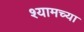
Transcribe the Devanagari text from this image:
श्यामच्या